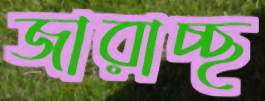
জারাচ্ছ